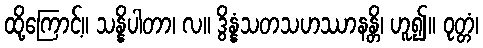
ထို့ကြောင့်။ သန္နိပါတာ၊ လ။ ဒွိန္နံသတသဟဿာနန္တိ၊ ဟူ၍။ ဝုတ္တံ၊